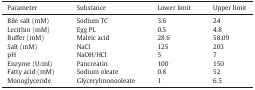
| Parameter | Substance | Lower limit | Upper limit |
 | --- | --- | --- | --- |
 | Bile salt (mM) | Sodium TC | 3.6 | 24 |
 | Lecithin (mM) | Egg PL | 0.5 | 4.8 |
 | Buffer (mM) | Maleic acid | 28.6 | 58.09 |
 | Salt (mM) | NaCl | 125 | 203 |
 | pH | NaOH/HCl | 5 | 7 |
 | Enzyme (U/ml) | Pancreatin | 100 | 150 |
 | Fatty acid (mM) | Sodium oleate | 0.8 | 52 |
 | Monoglyceride | Glycerylmonooleate | 1 | 6.5 |